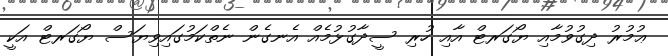
ޢުމުރު ދިގުވުމާއި ޔޯގަރޓް އާއި ހުރި ސީދާގުޅުމެއް އެނގެން ނެތްކަމުގައިވިޔަސް ޔޯގަރޓް އަކީ